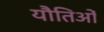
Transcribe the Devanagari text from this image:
यौतिओं